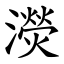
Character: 濙